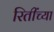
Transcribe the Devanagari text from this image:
रितींच्या